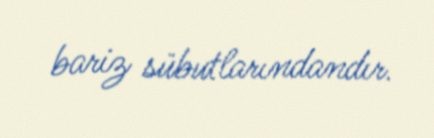
bariz sübutlarındandır.